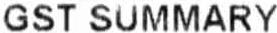
GST SUMMARY